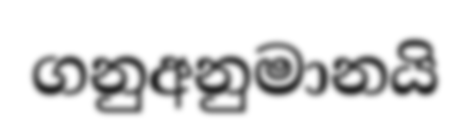
ගනුඅනුමානයි